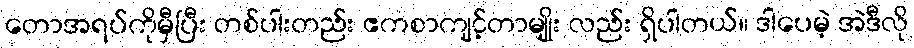
တောအရပ်ကိုမှီပြီး တစ်ပါးတည်း ဧကစာကျင့်တာမျိုး လည်း ရှိပါတယ်။ ဒါပေမဲ့ အဲဒီလို